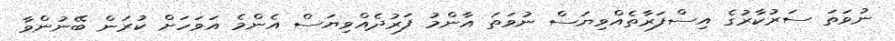
ނުވަތަ ސަރުކާރުގެ އިސްފަރާތެއްވިޔަސް ނުވަތަ އާންމު ފަރުދެއްވިޔަސް އެންމެ އަވަހަށް ކުރަން ބޭނުންވާ